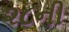
૨૮ની